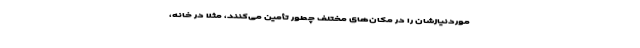
موردنیازشان را در مکان‌های مختلف چطور تأمین می‌کنند، مثلاً در خانه،